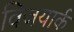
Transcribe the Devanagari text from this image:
विजयार्क